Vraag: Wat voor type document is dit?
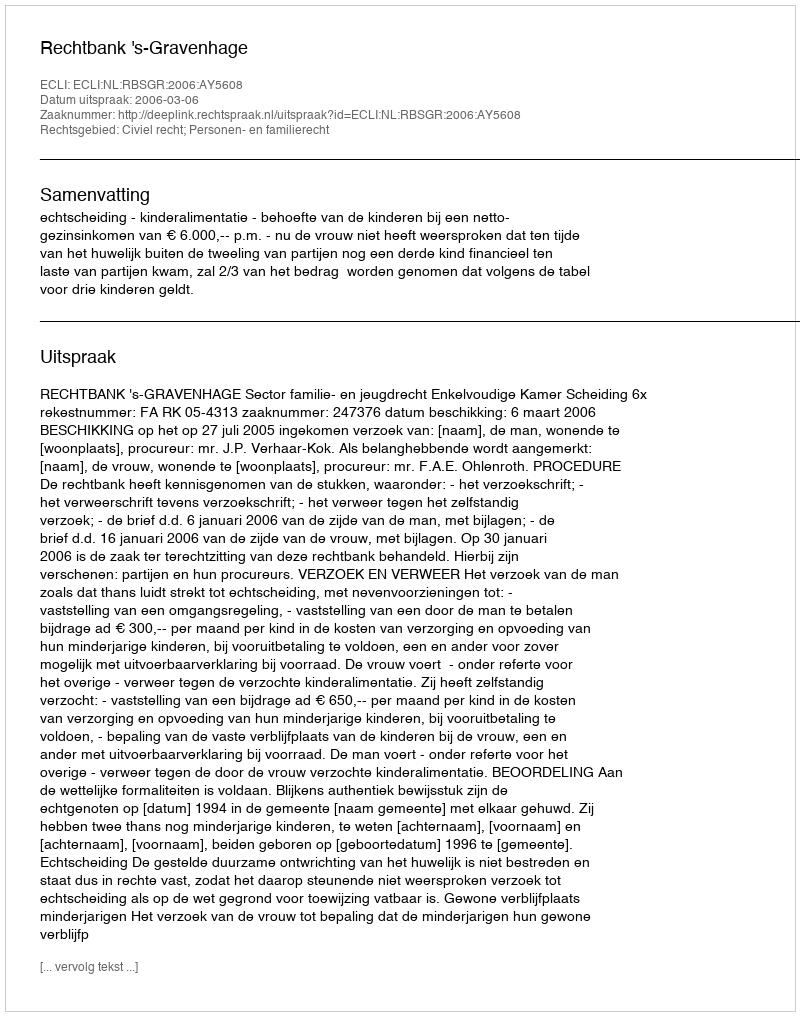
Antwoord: Uitspraak